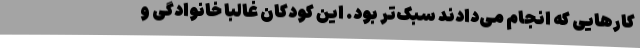
کارهایی که انجام می‌دادند سبک‌تر بود. این کودکان غالبا خانوادگی و